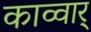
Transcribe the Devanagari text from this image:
काव्वार्